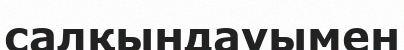
салқындауымен